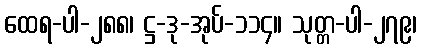
ထေရ-ပါ-၂၈၈၊ ဋ္ဌ-ဒု-အုပ်-၁၁၄။ သုတ္တ-ပါ-၂၇၉၊